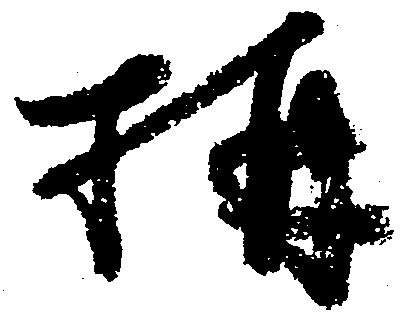
構